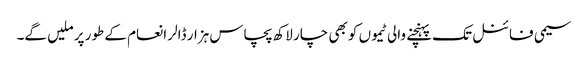
سیمی فائنل تک پہنچنے والی ٹیموں کو بھی چار لاکھ پچاس ہزار ڈالر انعام کے طور پر ملیں گے۔